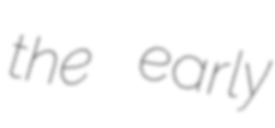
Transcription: the early